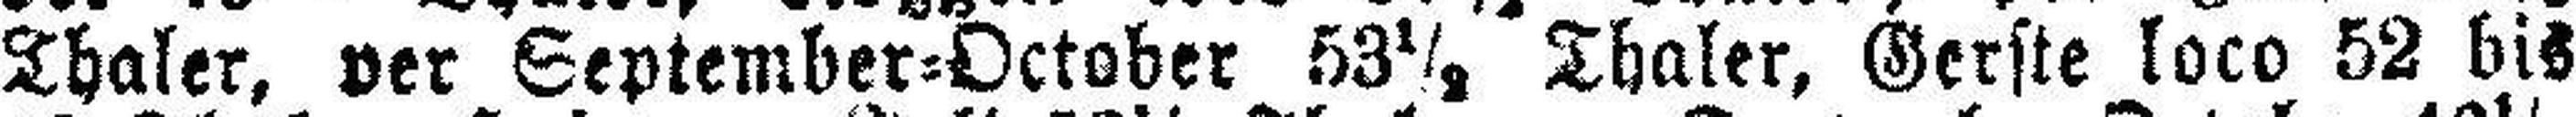
Thaler, per September=October 53½ Thaler, Gerste loco 52 bis